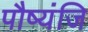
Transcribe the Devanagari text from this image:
पौष्यंजि